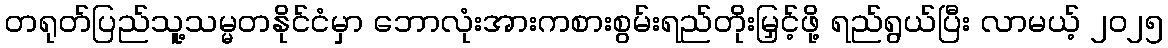
တရုတ်ပြည်သူ့သမ္မတနိုင်ငံမှာ ဘောလုံးအားကစားစွမ်းရည်တိုးမြှင့်ဖို့ ရည်ရွယ်ပြီး လာမယ့် ၂၀၂၅